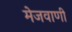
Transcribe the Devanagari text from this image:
मेजवाणी